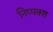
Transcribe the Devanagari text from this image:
निष्पक्श